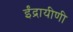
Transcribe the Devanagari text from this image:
ईंद्रायीणी